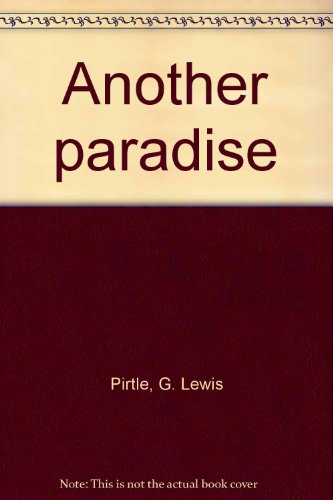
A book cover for Another paradise; G. Lewis Pirtle; Travel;